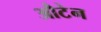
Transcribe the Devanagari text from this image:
औटेन